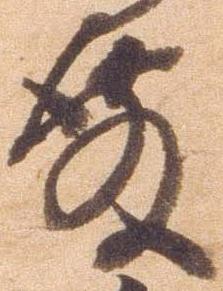
殿